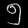
Digit: ၅